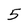
Character: 5